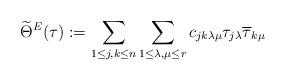
LaTeX: \begin{align*}\widetilde{\Theta}^E(\tau) := \sum_{1 \leq j, k \leq n} \sum_{1 \leq \lambda, \mu \leq r} c_{jk \lambda \mu} \tau_{j \lambda} \overline{\tau}_{k \mu} \end{align*}